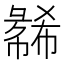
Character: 𫹇